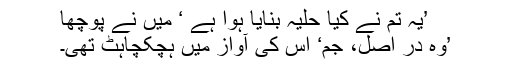
’یہ تم نے کیا حلیہ بنایا ہوا ہے ‘ میں نے پوچھا
’وہ در اصل، جم‘ اس کی آواز میں ہچکچاہٹ تھی۔